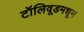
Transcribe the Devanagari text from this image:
टॉलिवूडमधून